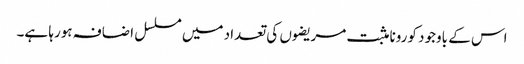
اس کے باوجود کورونا مثبت مریضوں کی تعداد میں مسلسل اضافہ ہورہا ہے۔